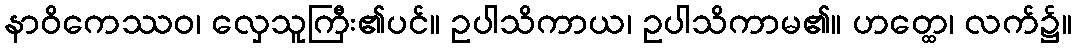
နာဝိကေဿဝ၊ လှေသူကြီး၏ပင်။ ဥပါသိကာယ၊ ဥပါသိကာမ၏။ ဟတ္ထေ၊ လက်၌။